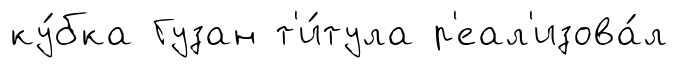
ку́бка Гузан т'и́тула р'еал'изова́л